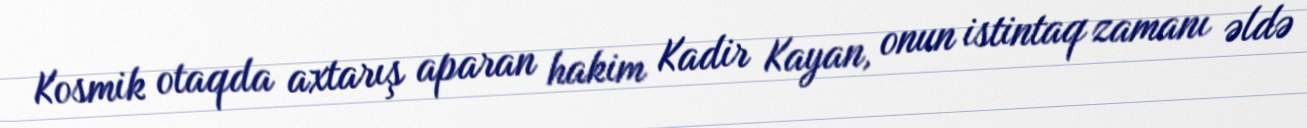
Kosmik otaqda axtarış aparan hakim Kadir Kayan, onun istintaq zamanı əldə